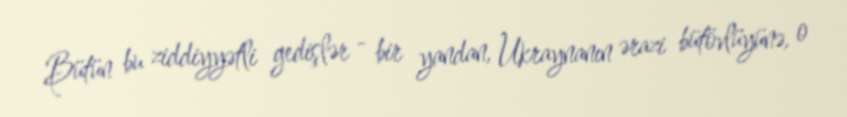
Bütün bu ziddiyyətli gedişlər - bir yandan, Ukraynanın ərazi bütövlüyünə, o